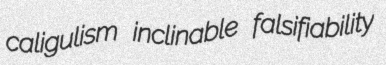
caligulism inclinable falsifiability